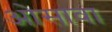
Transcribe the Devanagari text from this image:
ओसावा